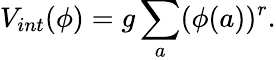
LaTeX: V_{int}(\phi)=g\sum_{a}(\phi(a))^{r}.